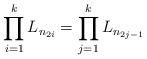
LaTeX: \begin{align*}\prod_{i=1}^{k}L_{n_{2i}}=\prod_{j=1}^{k}L_{n_{2j-1}}\end{align*}